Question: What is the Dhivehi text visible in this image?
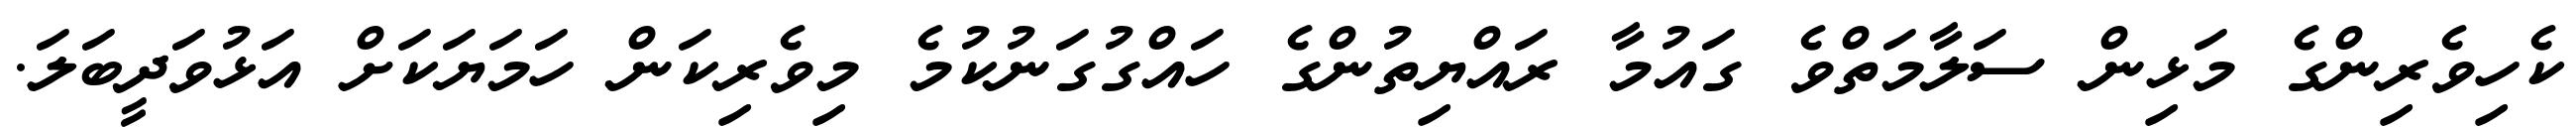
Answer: ކެހިވެރިންގެ މަޅިން ސަލާމަތްވެ ގައުމާ ރައްޔިތުންގެ ހައްގުގަނުކުމެ މިވެރިކަން ހަމަޔަކަށް އަޅުވަދީބަލަ.